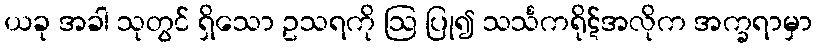
ယခု အခါ သုတွင် ရှိသော ဥသရကို ဩ ပြု၍ သင်္သကရိုဋ်အလိုက အက္ခရာမှာ